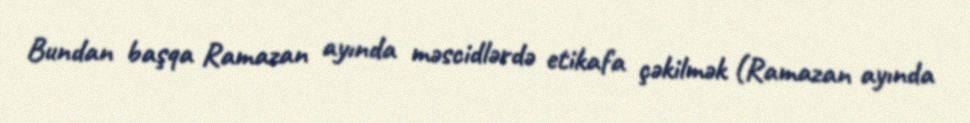
Bundan başqa Ramazan ayında məscidlərdə etikafa çəkilmək (Ramazan ayında